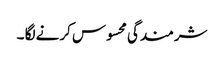
شرمندگی محسوس کرنے لگا ۔